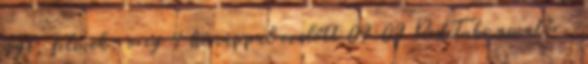
regi, filmek, oreg 4 hónappal ezelőtt 09:09 RedTube amatőr,